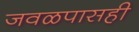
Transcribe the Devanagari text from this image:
जवळपासही